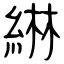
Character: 綝